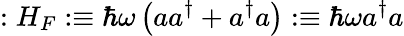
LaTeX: :H_{F}:\equiv\hbar\omega\left(aa^{\dagger}+a^{\dagger}a\right):\equiv\hbar\omega a^{\dagger}a